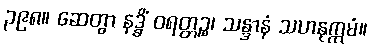
၃၉၈။ ဆေတွာ နဒ္ဓိံ ဝရတ္တဉ္စ၊ သန္ဒာနံ သဟနုက္ကမံ။